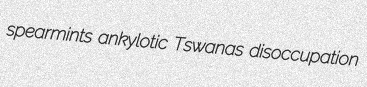
spearmints ankylotic Tswanas disoccupation